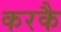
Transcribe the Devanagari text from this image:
करकै